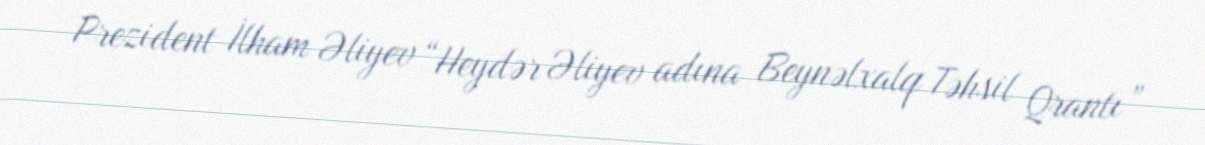
Prezident İlham Əliyev “Heydər Əliyev adına Beynəlxalq Təhsil Qrantı”